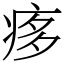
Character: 痑